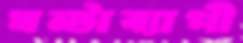
ঘন্টাব্যাপী